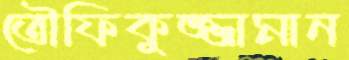
তৌফিকুজ্জামান